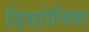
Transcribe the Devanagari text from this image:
डिस्टोनिया